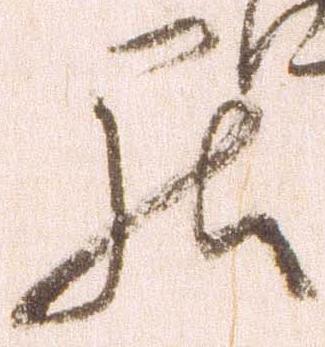
罷